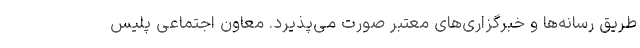
طریق رسانه‌ها و خبرگزاری‌های معتبر صورت می‌پذیرد. معاون اجتماعی پلیس